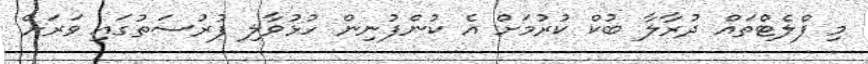
މި ފްލެޓްތައް ދުރާލާ ބުކް ކުރުމަށް އެ ކުންފުނިން ހުޅުވާލި ފުރުސަތުގައި ވަރަށް